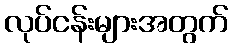
လုပ်ငန်းများအတွက်